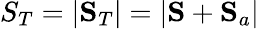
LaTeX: S_{T}=|\mathbf{S}_{T}|=|\mathbf{S}+\mathbf{S}_{a}|